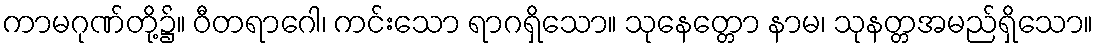
ကာမဂုဏ်တို့၌။ ဝီတရာဂေါ၊ ကင်းသော ရာဂရှိသော။ သုနေတ္တော နာမ၊ သုနတ္တအမည်ရှိသော။